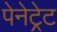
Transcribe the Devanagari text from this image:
पेनेट्रेट